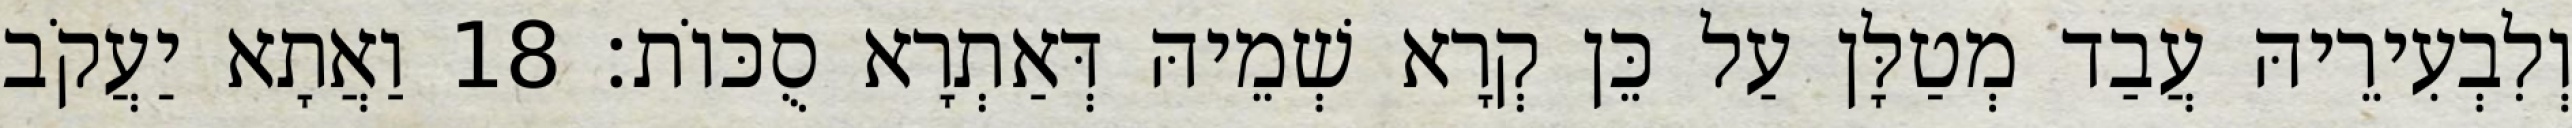
וְלִבְעִירֵיהּ עֲבַד מְטַלָּן עַל כֵּן קְרָא שְׁמֵיהּ דְּאַתְרָא סֻכּוֹת׃ 18 וַאֲתָא יַעֲקֹב